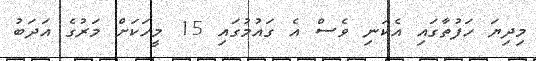
މިދިޔަ ހަފުތާގައި އެކަނި ވެސް އެ ގައުމުގައި 15 މީހަކަށް މަރުގެ އަދަބު